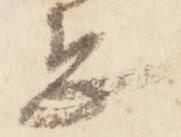
恐